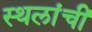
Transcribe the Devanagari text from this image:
स्थलांचीं